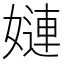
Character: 㜕